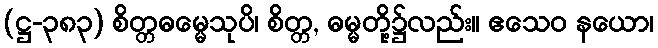
(ဋ္ဌ-၃၈၃) စိတ္တဓမ္မေသုပိ၊ စိတ္တ, ဓမ္မတို့၌လည်း။ ဧသေဝ နယော၊